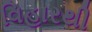
વિહારથી